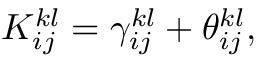
{ K } _ { i j } ^ { k l } = { \gamma } _ { i j } ^ { k l } + { \theta } _ { i j } ^ { k l } ,